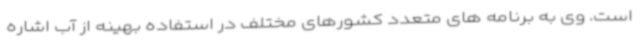
است. وی به برنامه های متعدد کشورهای مختلف در استفاده بهینه از آب اشاره